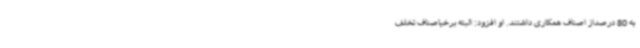
به 80 درصداز اصناف همکاری داشتند. او افزود: البته برخیاصناف تخلف